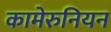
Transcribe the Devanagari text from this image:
कामेरुनियन